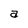
Character: a